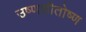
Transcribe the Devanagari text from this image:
उष्णशीतोष्ण